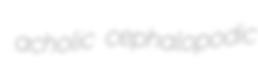
acholic cephalopodic